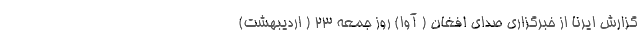
گزارش ایرنا از خبرگزاری صدای افغان ( آوا) روز جمعه ۲۳ ( اردیبهشت)